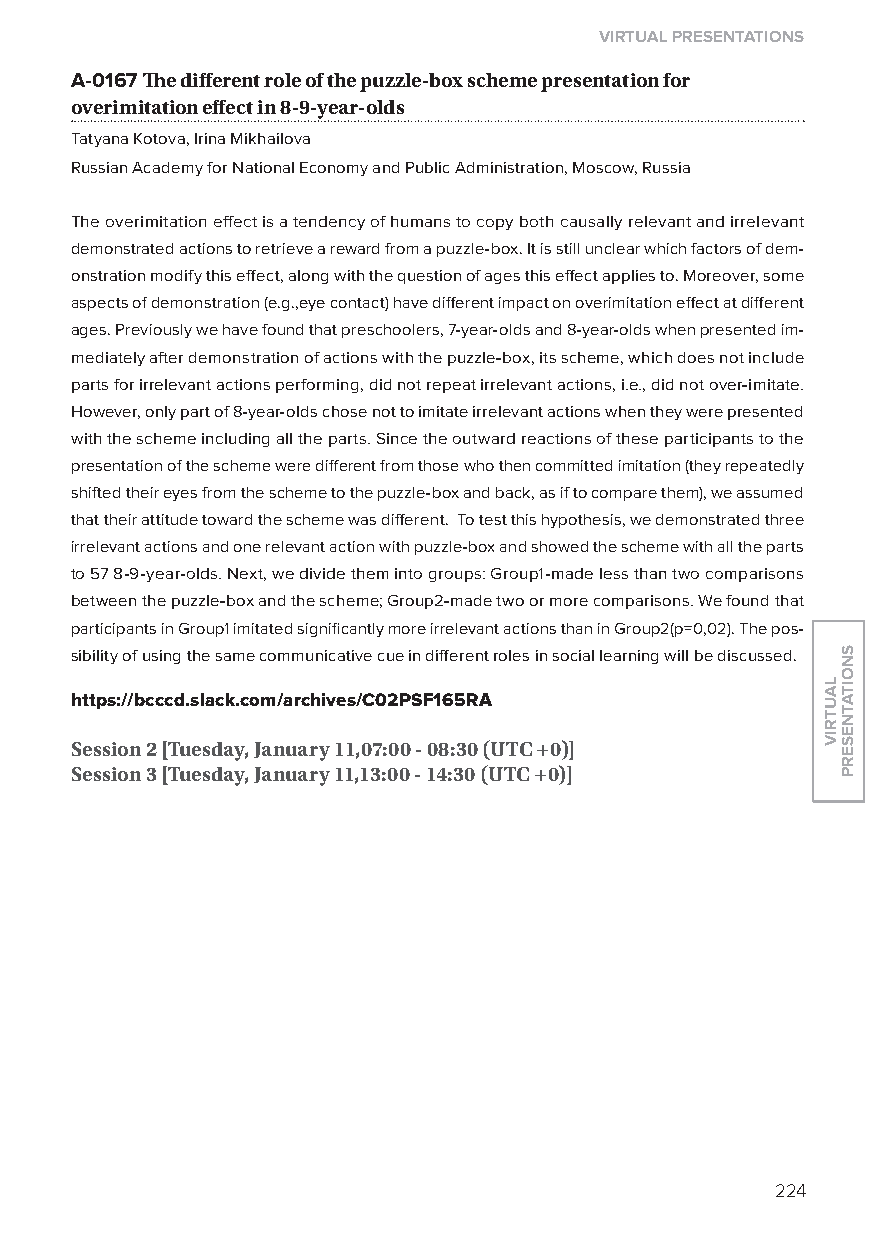
virtual presentations
 A-0167 The different role of the puzzle-box scheme presentation for
 overimitation effect in 8-9-year-olds
 Tatyana Kotova, Irina Mikhailova
 Russian Academy for National Economy and Public Administration, Moscow, Russia
 The overimitation effect is a tendency of humans to copy both causally relevant and irrelevant
 demonstrated actions to retrieve a reward from a puzzle-box. It is still unclear which factors of dem-
 onstration modify this effect, along with the question of ages this effect applies to. Moreover, some
 aspects of demonstration (e.g.,eye contact) have different impact on overimitation effect at different
 ages. Previously we have found that preschoolers, 7-year-olds and 8-year-olds when presented im-
 mediately after demonstration of actions with the puzzle-box, its scheme, which does not include
 parts for irrelevant actions performing, did not repeat irrelevant actions, i.e., did not over-imitate.
 However, only part of 8-year-olds chose not to imitate irrelevant actions when they were presented
 with the scheme including all the parts. Since the outward reactions of these participants to the
 presentation of the scheme were different from those who then committed imitation (they repeatedly
 shifted their eyes from the scheme to the puzzle-box and back, as if to compare them), we assumed
 that their attitude toward the scheme was different. To test this hypothesis, we demonstrated three
 irrelevant actions and one relevant action with puzzle-box and showed the scheme with all the parts
 to 57 8-9-year-olds. Next, we divide them into groups: Group1-made less than two comparisons
 between the puzzle-box and the scheme; Group2-made two or more comparisons. We found that
 participants in Group1 imitated significantly more irrelevant actions than in Group2(p=0,02). The pos-
 sibility of using the same communicative cue in different roles in social learning will be discussed.
 https://bcccd.slack.com/archives/C02psF165ra
 session 2 [tuesday, January 11,07:00 - 08:30 (utC +0)]
 session 3 [tuesday, January 11,13:00 - 14:30 (utC +0)]
 224
 lautriv
 snoitatneserp